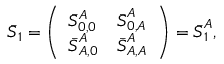
\begin{array} { r } { \boldsymbol { \bar { { S } } } _ { 1 } = \left( \begin{array} { l l } { \bar { { S } } _ { 0 , 0 } ^ { A } } & { \boldsymbol { \bar { { S } } } _ { 0 , A } ^ { A } } \\ { \boldsymbol { \bar { { S } } } _ { A , 0 } ^ { A } } & { \boldsymbol { \bar { { S } } } _ { A , A } ^ { A } } \end{array} \right) = \boldsymbol { \bar { { S } } } _ { 1 } ^ { A } , } \end{array}